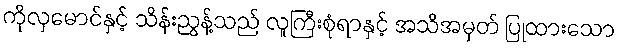
ကိုလှမောင်နှင့် သိန်းညွန့်သည် လူကြီးစုံရာနှင့် အသိအမှတ် ပြုထားသော